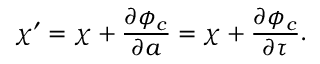
\chi ^ { \prime } = \chi + \frac { \partial \phi _ { c } } { \partial a } = \chi + \frac { \partial \phi _ { c } } { \partial \tau } .